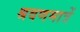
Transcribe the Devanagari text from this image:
श्रवणमात्रें